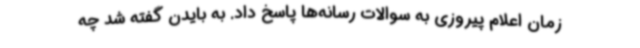
زمان اعلام پیروزی به سوالات رسانه‌ها پاسخ داد. به بایدن گفته شد چه